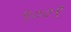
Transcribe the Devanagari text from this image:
५००९